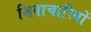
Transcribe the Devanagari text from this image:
शिवाचारियों